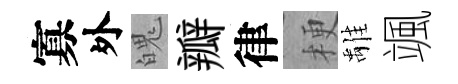
寡外魄瓣律梗𩀌颯